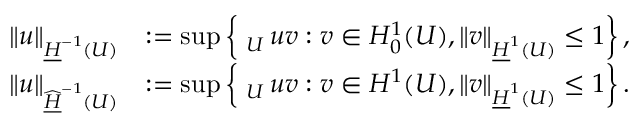
\begin{array} { r l } { \left\| u \right\| _ { \underline { { H } } ^ { - 1 } ( U ) } } & { : = \operatorname* { s u p } \left\{ \fint _ { U } u v : v \in H _ { 0 } ^ { 1 } ( U ) , \| v \| _ { \underline { { H } } ^ { 1 } ( U ) } \leq 1 \right\} , } \\ { \left\| u \right\| _ { \widehat { \underline { { H } } } ^ { - 1 } ( U ) } } & { : = \operatorname* { s u p } \left\{ \fint _ { U } u v : v \in H ^ { 1 } ( U ) , \| v \| _ { \underline { { H } } ^ { 1 } ( U ) } \leq 1 \right\} . } \end{array}